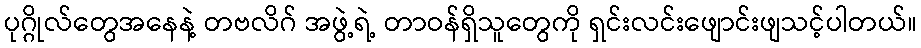
ပုဂ္ဂိုလ်တွေအနေနဲ့ တဗလိဂ် အဖွဲ့ရဲ့ တာဝန်ရှိသူတွေကို ရှင်းလင်းဖျောင်းဖျသင့်ပါတယ်။